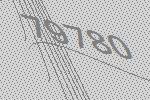
79780